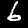
Label: 6